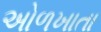
અોળખાતા